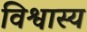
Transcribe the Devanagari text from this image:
विश्वास्य